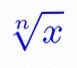
\sqrt[n]{x}